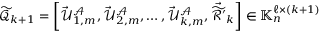
\widetilde { \mathcal { Q } } _ { k + 1 } = \left[ \vec { \mathcal { U } } _ { 1 , m } ^ { \mathcal { A } } , \vec { \mathcal { U } } _ { 2 , m } ^ { \mathcal { A } } , \ldots , \vec { \mathcal { U } } _ { k , m } ^ { \mathcal { A } } , \vec { \widetilde { \mathcal { R } ^ { \prime } } } _ { k } \right] \in \mathbb { K } _ { n } ^ { \ell \times ( k + 1 ) }